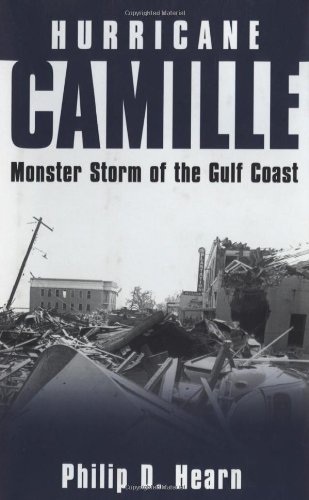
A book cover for Hurricane Camille: Monster Storm of the Gulf Coast; Philip D. Hearn; Science & Math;